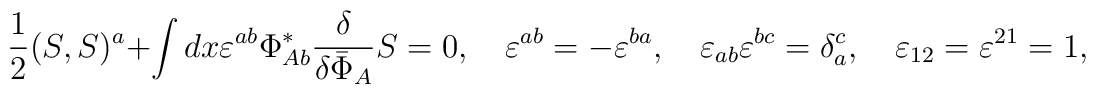
\frac{1}{2}(S,S)^a+\int dx\varepsilon^{ab}\Phi_{Ab}^*    \frac{\delta}{\delta{\bar\Phi}_{A}}S=0,\quad\varepsilon^{ab}=-\varepsilon^{ba},\quad\varepsilon_{ab}\varepsilon^{bc}=\delta^c_a,\quad\varepsilon_{12}=\varepsilon^{21}=1,